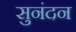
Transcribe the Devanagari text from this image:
सुनंदन